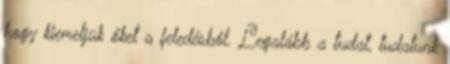
hogy kiemeljük őket a feledésből. Legalább a tudat, tudatunk